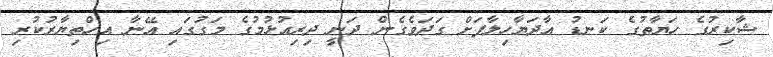
ޝާކިރުގެ ހަޔާތުގެ ކަނޑު އާދަޔާހިލާފަށް ގަދަވެގެން ދަނީ ދިރިއުޅުމުގެ މަގުގައި އޭނާ އިހްތިޔާރުކުރި